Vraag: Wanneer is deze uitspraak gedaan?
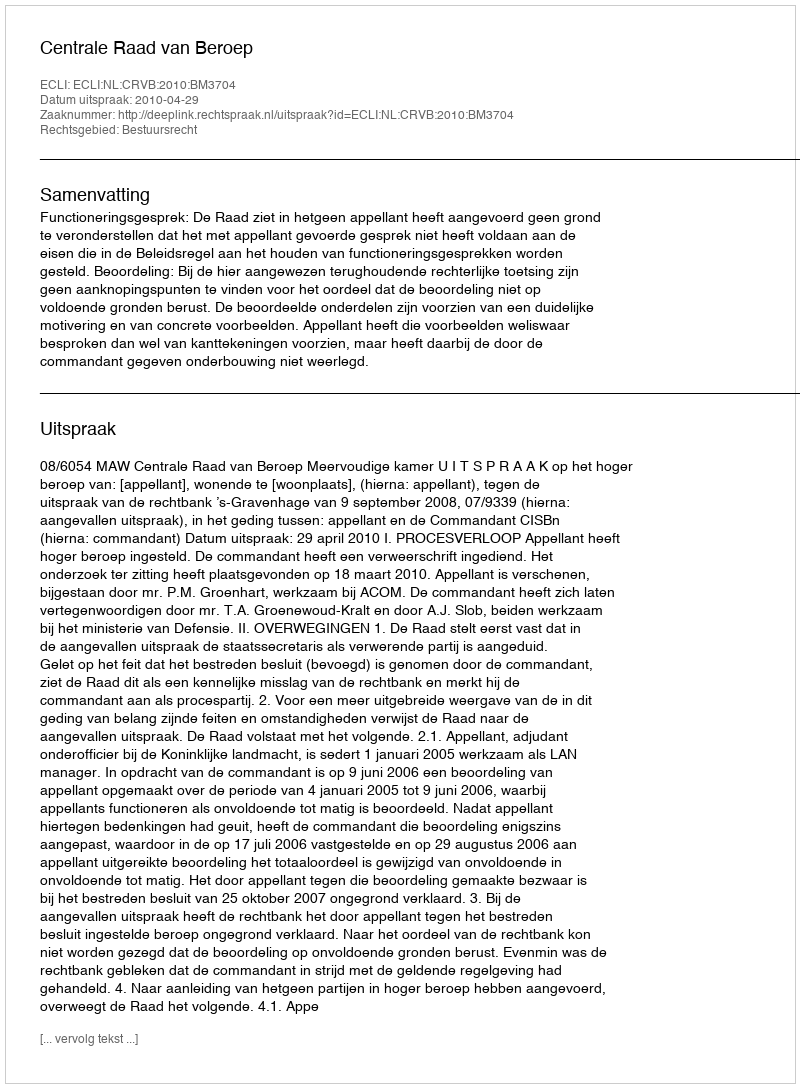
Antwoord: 2010-04-29